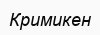
Кримикен